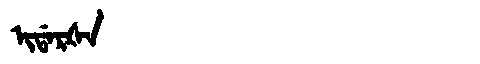
Manchu: ᡳᡩᠠᡵᡧᠠ
Romanization: IDARŠA